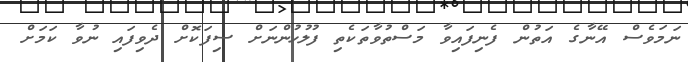
ނަމަވެސް އޭނާގެ އަތުން ފެނިފައިވާ މަސްތުވާތަކެތި ފުލުހުންނަށް ސިފަކޮށް ދެވިފައި ނުވާ ކަމަށް